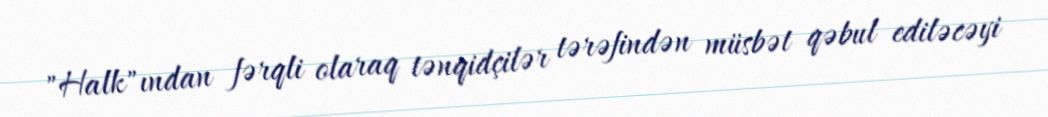
"Halk"ından fərqli olaraq tənqidçilər tərəfindən müsbət qəbul ediləcəyi